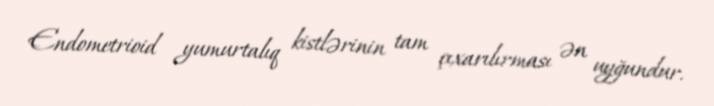
Endometrioid yumurtalıq kistlərinin tam çıxarılırması ən uyğundur.